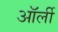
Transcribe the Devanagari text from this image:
ऑर्ली